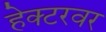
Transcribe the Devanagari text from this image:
हेक्टरवर